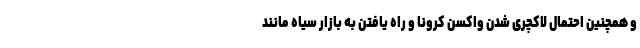
و همچنین احتمال لاکچری شدن واکسن کرونا و راه یافتن به بازار سیاه مانند